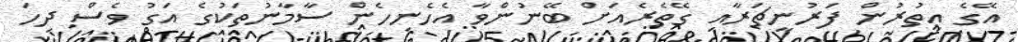
އޭގެ އިތުރުން ފަރުނީޗަރާއި ގޭތެރެއަށް ބޭނުންވާ އެހެނިހެން ސާމާނުތަކުގެ އަގު ވެސް ދިހަ